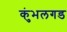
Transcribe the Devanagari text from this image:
कुंभलगड